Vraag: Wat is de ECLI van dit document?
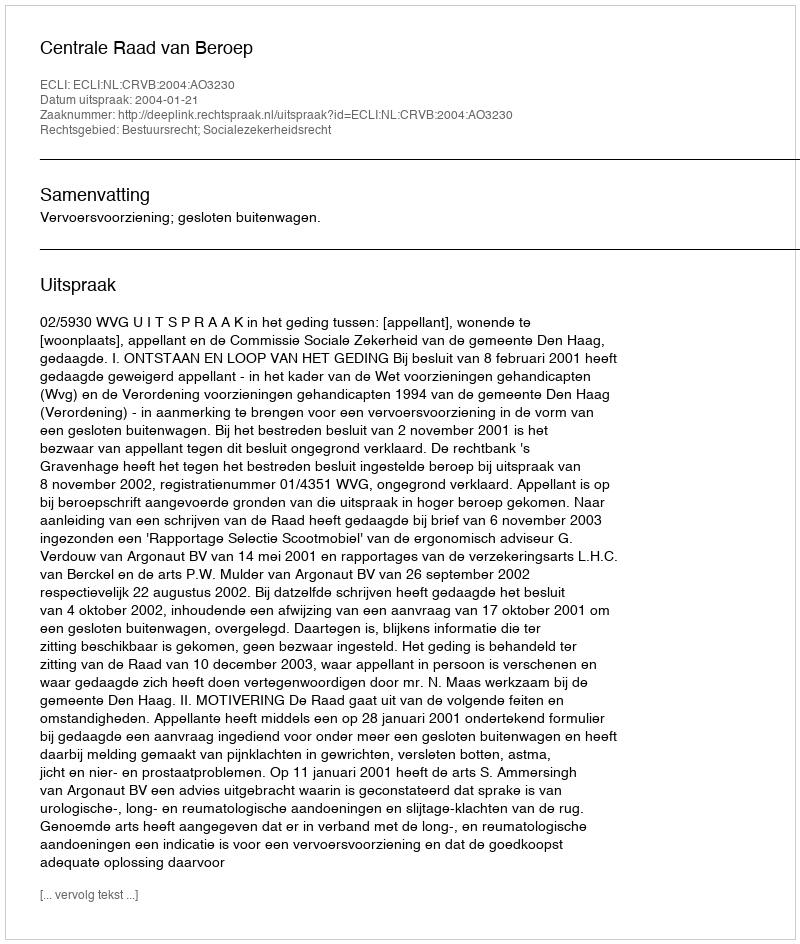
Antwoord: ECLI:NL:CRVB:2004:AO3230